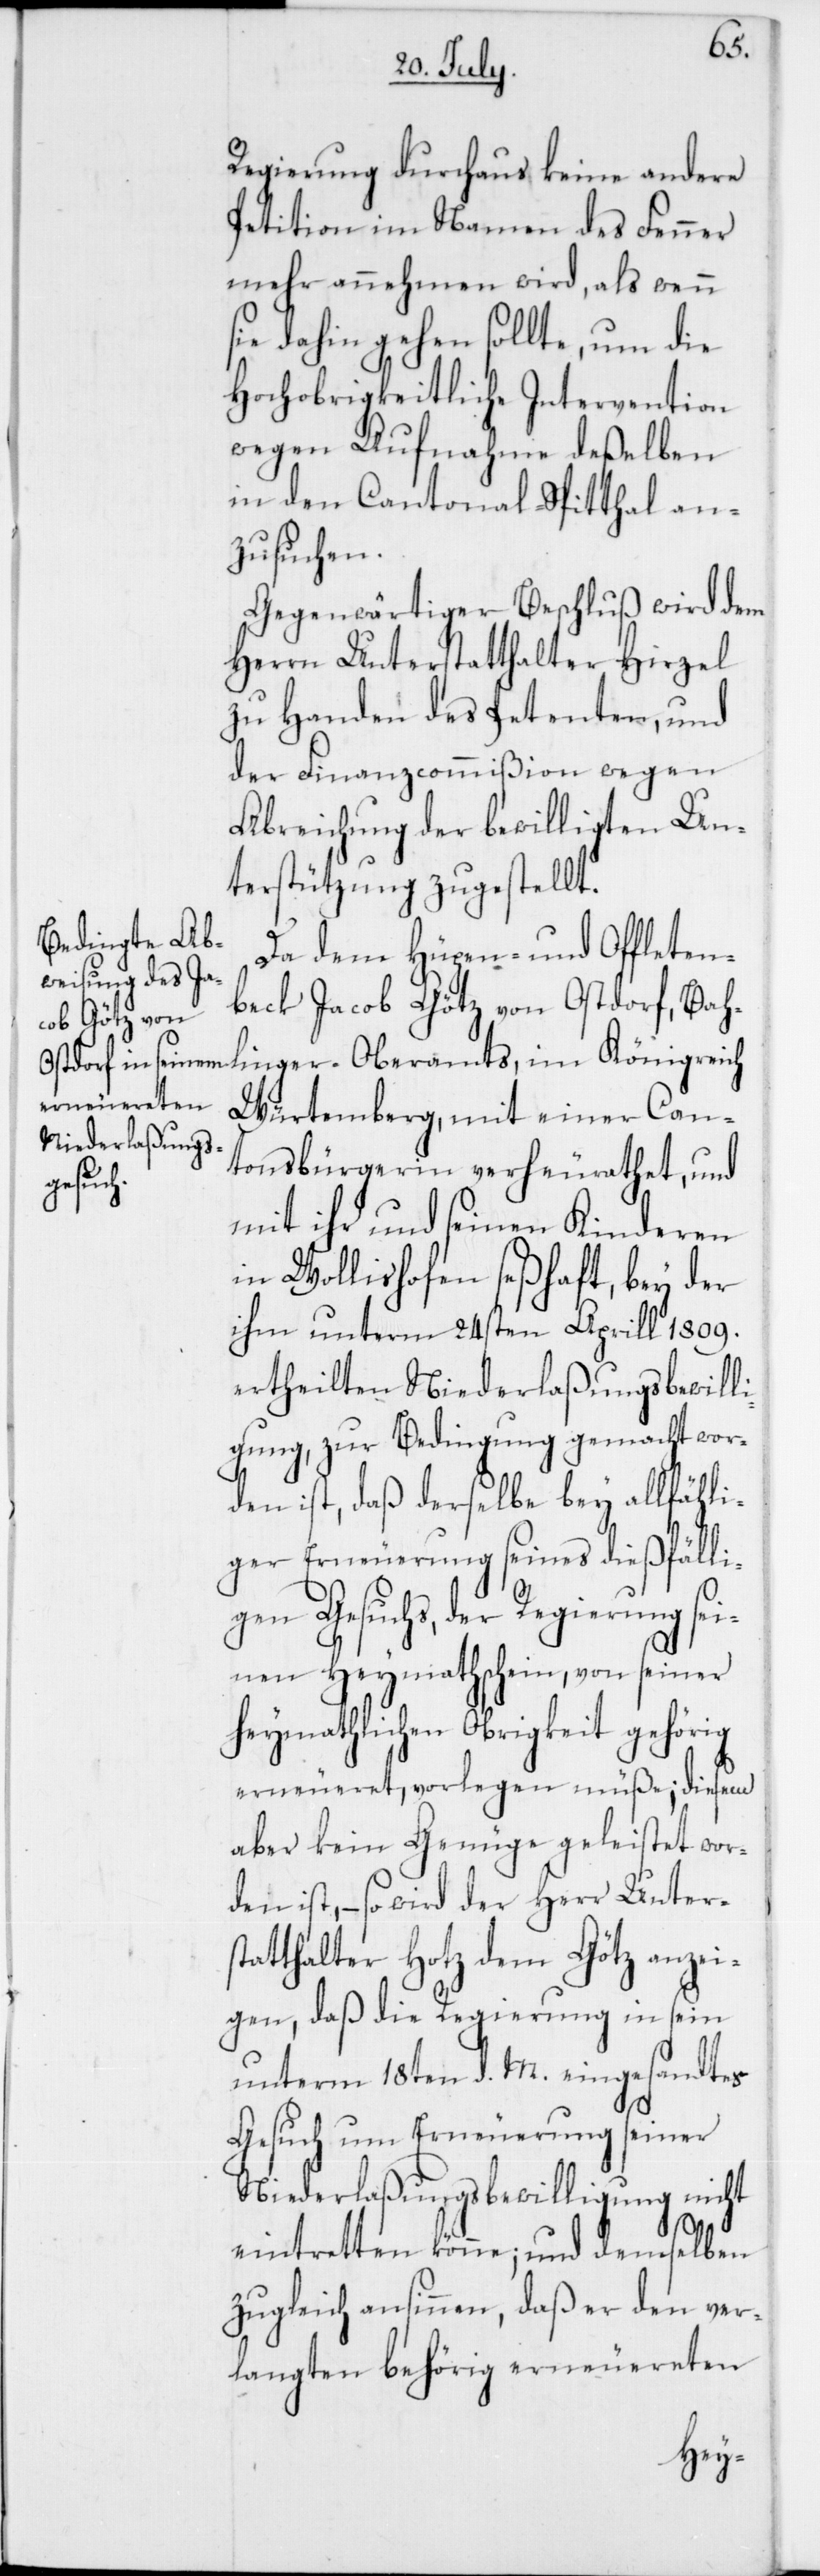
linger
Regierung durchaus keine andere
Petition im Namen des Fenner
mehr annehmen wird, als wenn
sie dahin gehen sollte, um die
Hochobrigkeitliche Intervention
wegen Aufnahme deßelben
in den Cantonal-Spitthal an¬
zusuchen.
Gegenwärtiger Beschluß wird dem
Herrn Unterstatthalter Hirzel
zu Handen des Petenten und
der Finanzcommißion wegen
Abreichung der bewilligten Un¬
terstützung zugestellt.
Da dem Hüpen- und Offleten¬
beck Jacob Götz von Ostdorf, Bah¬
Würtemberg, mit einer Can¬
tonsbürgerin verheurathet, und
mit ihr und seinen Kinderen
in Wollishofen seßhaft, bey der
ihm unterm 24sten Aprill 1809.
ertheilten Niederlaßungsbewilli¬
gung, zur Bedingung gemacht wor¬
den ist, daß derselbe bey allfähli¬
ger Erneuerung seines dießfälli¬
gen Gesuchs, der Regierung sei¬
nen Heymathschein, von seiner
heymathlichen Obrigkeit gehörig
erneueret vorlegen müße; diesem
aber kein Genüge geleistet wor¬
den ist, – so wird der Herr Unters¬
tatthalter Hotz dem Götz anzei¬
gen, daß die Regierung in sein
unterm 18ten d. M. eingesandtes
Gesuch um Erneuerung seiner
Niederlaßungsbewilligung nicht
eintretten könne; und demselben
zugleich ansinnen, daß er den ver¬
langten behörig erneuereten